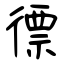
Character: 徱